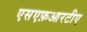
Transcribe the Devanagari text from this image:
एसएफ़आरटीए